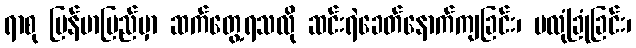
ရာစု မြန်မာပြည်မှာ ဆက်တွေ့ရသလို ဆင်းရဲခေတ်နောက်ကျခြင်း၊ မလုံခြုံခြင်း၊